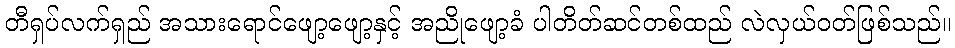
တီရှပ်လက်ရှည် အသားရောင်ဖျော့ဖျော့နှင့် အညိုဖျော့ခံ ပါတိတ်ဆင်တစ်ထည် လဲလှယ်ဝတ်ဖြစ်သည်။